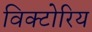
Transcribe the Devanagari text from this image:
विक्टोरिय